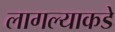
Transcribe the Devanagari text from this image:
लागल्याकडे